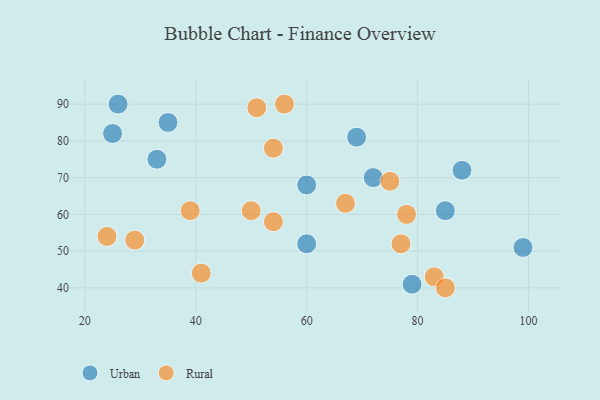
{"axis": {"x": "GDP", "y": "Life Expectancy"}, "legend": ["Rural", "Urban"], "data": [{"x": "69", "y": 81, "type": "Urban"}, {"x": "33", "y": 75, "type": "Urban"}, {"x": "99", "y": 51, "type": "Urban"}, {"x": "85", "y": 61, "type": "Urban"}, {"x": "72", "y": 70, "type": "Urban"}, {"x": "79", "y": 41, "type": "Urban"}, {"x": "60", "y": 52, "type": "Urban"}, {"x": "25", "y": 82, "type": "Urban"}, {"x": "35", "y": 85, "type": "Urban"}, {"x": "60", "y": 68, "type": "Urban"}, {"x": "88", "y": 72, "type": "Urban"}, {"x": "26", "y": 90, "type": "Urban"}, {"x": "67", "y": 63, "type": "Rural"}, {"x": "83", "y": 43, "type": "Rural"}, {"x": "50", "y": 61, "type": "Rural"}, {"x": "51", "y": 89, "type": "Rural"}, {"x": "41", "y": 44, "type": "Rural"}, {"x": "85", "y": 40, "type": "Rural"}, {"x": "75", "y": 69, "type": "Rural"}, {"x": "54", "y": 58, "type": "Rural"}, {"x": "29", "y": 53, "type": "Rural"}, {"x": "39", "y": 61, "type": "Rural"}, {"x": "24", "y": 54, "type": "Rural"}, {"x": "77", "y": 52, "type": "Rural"}, {"x": "54", "y": 78, "type": "Rural"}, {"x": "78", "y": 60, "type": "Rural"}, {"x": "56", "y": 90, "type": "Rural"}]}